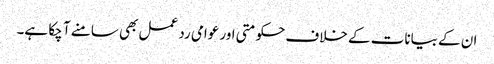
ان کے بیانات کے خلاف حکومتی اور عوامی رد عمل بھی سامنے آ چکا ہے۔